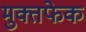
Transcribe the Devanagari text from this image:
मुक्तफेक